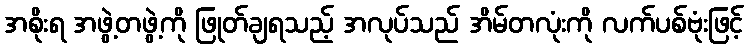
အစိုးရ အဖွဲ့တဖွဲ့ကို ဖြုတ်ချရသည့် အလုပ်သည် အိမ်တလုံးကို လက်ပစ်ဗုံးဖြင့်